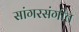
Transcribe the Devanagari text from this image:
सांगरसंगीत